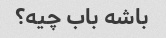
باشه باب چیه؟